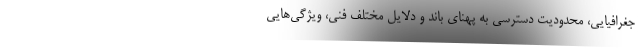
جغرافیایی، محدودیت دسترسی به پهنای باند و دلایل مختلف فنی، ویژگی‌هایی